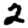
Digit: 2